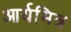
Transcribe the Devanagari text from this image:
आर्यमित्र